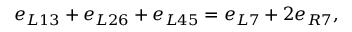
e _ { L 1 3 } + e _ { L 2 6 } + e _ { L 4 5 } = e _ { L 7 } + 2 e _ { R 7 } ,